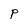
Character: p